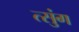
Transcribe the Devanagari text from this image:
त्सुंग